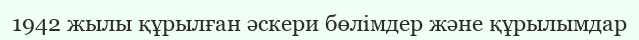
1942 жылы құрылған әскери бөлімдер және құрылымдар